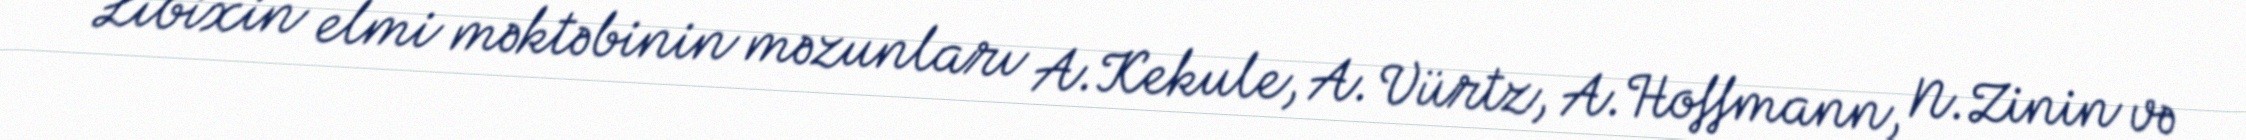
Libixin elmi məktəbinin məzunları A.Kekule, A. Vürtz, A.Hoffmann, N.Zinin və